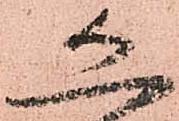
恐